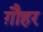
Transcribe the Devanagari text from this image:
ग़ौहर